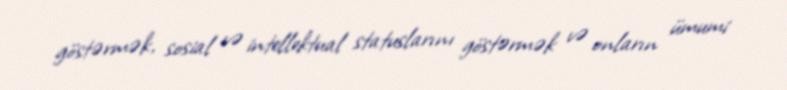
göstərmək, sosial və intellektual statuslarını göstərmək və onların ümumi